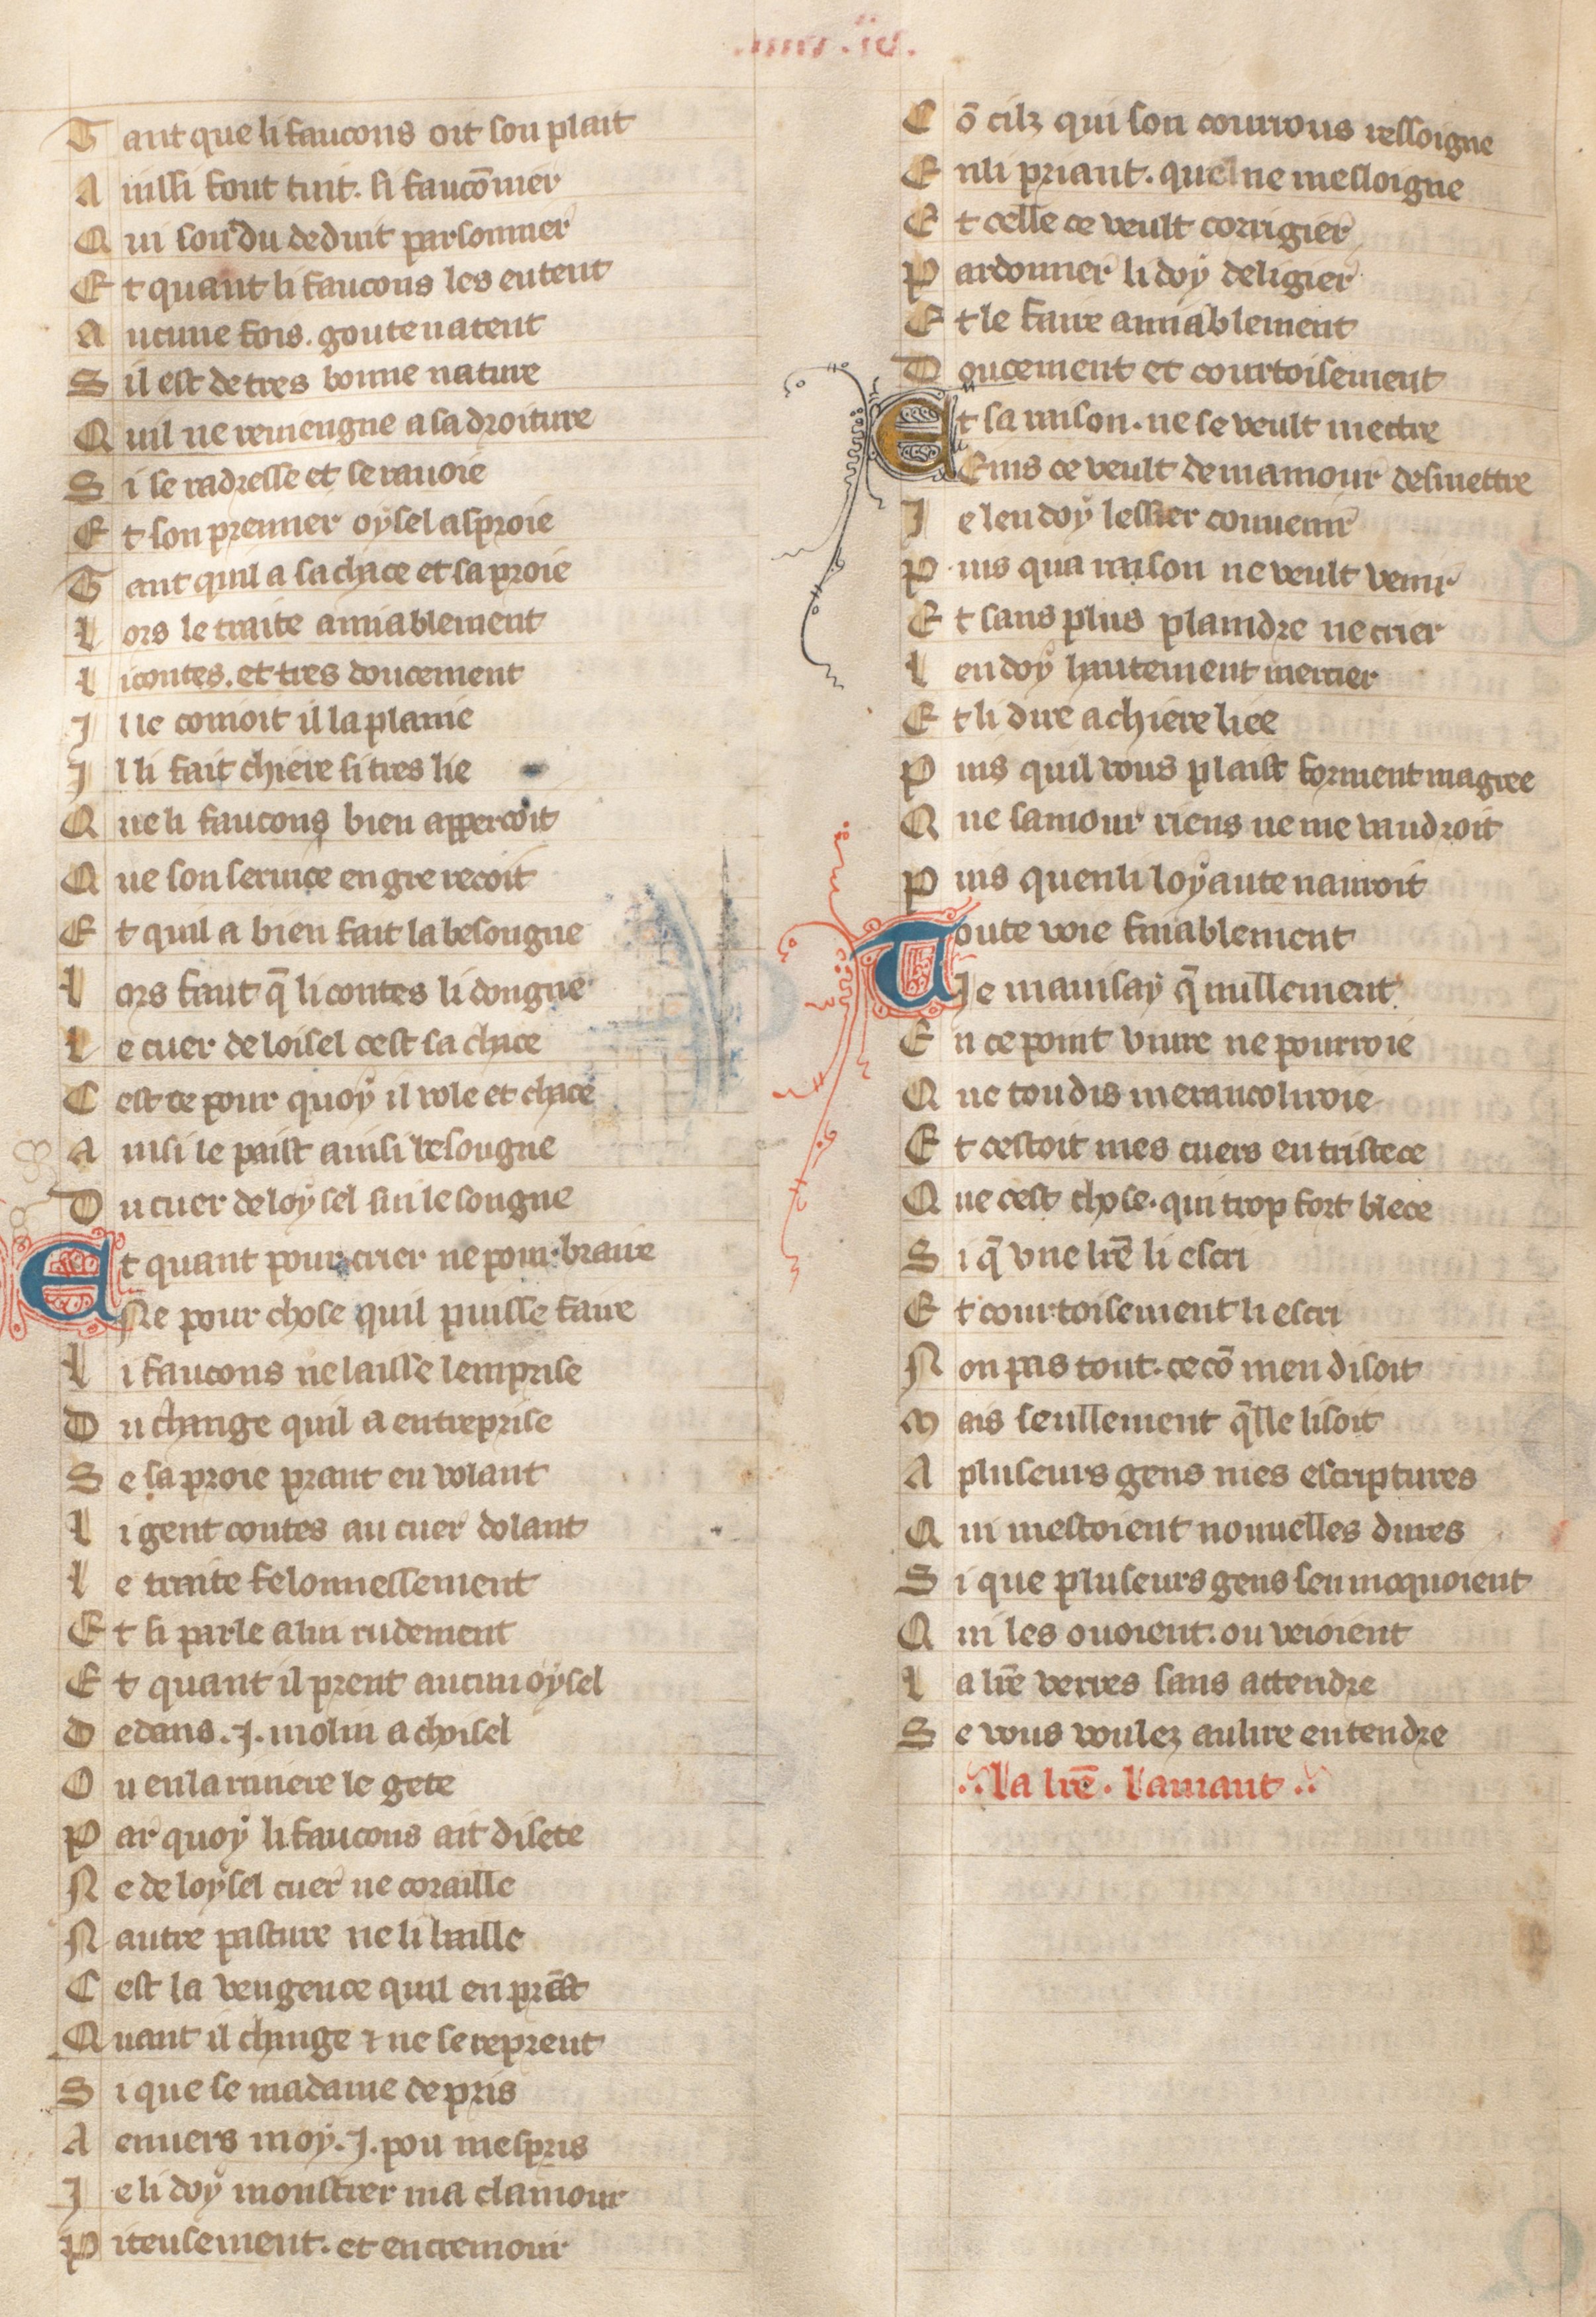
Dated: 1371–1371